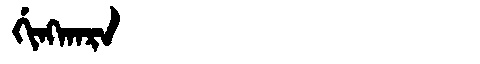
Manchu: ᡤᡳᠩᡴᠠᡵᠠ
Romanization: GINGKARA